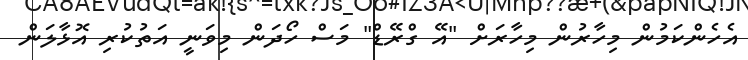
އެހެންކަމުން މިހާރުން މިހާރަށް "އޭ ގްރޭޑް" މަސް ހޯދަން މިވަނީ އަތުކުރި އޮޅާލަން